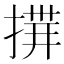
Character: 𢰎